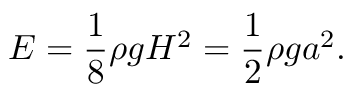
E = { \frac { 1 } { 8 } } \rho g H ^ { 2 } = { \frac { 1 } { 2 } } \rho g a ^ { 2 } .